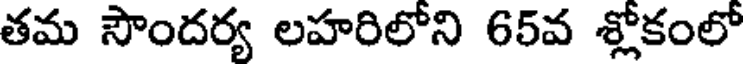
తమ సౌందర్య లహరిలోని 65వ శ్లోకంలో